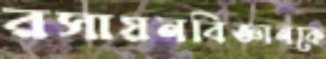
রসায়নবিজ্ঞানকে